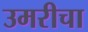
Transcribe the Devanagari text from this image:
उमरीचा